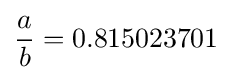
\displaystyle {\frac {a}{b}}=0.815023701